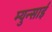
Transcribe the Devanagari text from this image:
म्युन्साई